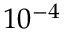
1 0 ^ { - 4 } \